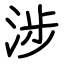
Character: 涉